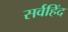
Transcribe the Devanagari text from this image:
सर्वहिंद